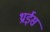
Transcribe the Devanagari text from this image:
थ्राईस